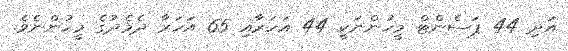
އަދި 44 ޕަސެންޓް މީހުންނަކީ 44 އަހަރާއި 65 އަހަރާ ދެމެދުގެ މީހުންނެވެ.